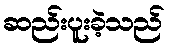
ဆည်းပူးခဲ့သည်